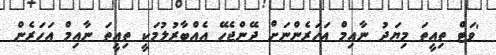
'ވަޓް ތިއީތަ މިޔަދު ނާއިމް އަހަރެންނަށް ދޭންޖެހޭ އެއްބާރުލުމަކީ ތިއީތަ ނާއިމް އަހަރެން